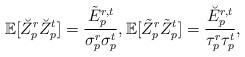
LaTeX: \begin{align*}\mathbb{E}[\breve{Z}_p^r\breve{Z}_p^t] =\frac{\tilde{E}_p^{r,t}}{\sigma_p^r \sigma_p^t},\mathbb{E}[\tilde{Z}_p^r\tilde{Z}_p^t] =\frac{\breve{E}_p^{r,t}}{\tau_p^r\tau_p^t},\end{align*}